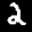
Label: 2